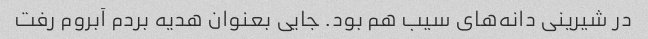
در شیرینی دانه‌های سیب هم بود. جایی بعنوان هدیه بردم آبروم رفت